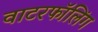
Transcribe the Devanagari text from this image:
वाटरफॉलिंग